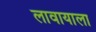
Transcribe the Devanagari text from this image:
लावायाला